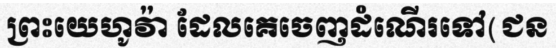
ព្រះយេហូវ៉ា ដែលគេចេញដំណើរទៅ(ជន